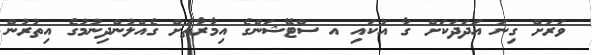
ވަރަށް ގިނަ އަދަދަކަށް ގާ އުކައި އ ސްޓޭޝަންގެ އިމާރާތަށް ގެއްލުންދިނުމުގެ އިތުރުން